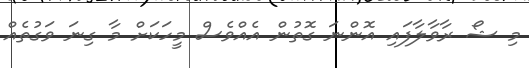
މި ޝޯ ރާވާލާފައި އޮންނަ ގޮތުން އެއްވެސް މީހަކަށް މާ ގިނަ ވަގުތެއް